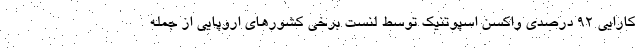
کارایی ۹۲ درصدی واکسن اسپوتنیک توسط لنست برخی کشورهای اروپایی از جمله